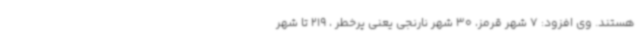
هستند. وی افزود: 7 شهر قرمز، 30 شهر نارنجی یعنی پرخطر ، 219 تا شهر